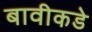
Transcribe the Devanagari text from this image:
बावीकडे